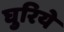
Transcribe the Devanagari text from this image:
घुरिये